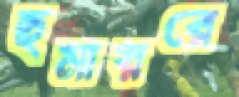
হুমায়রে